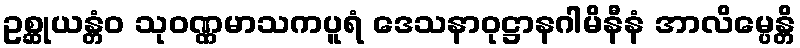
ဥစ္ဆုယန္တံဝ သုဝဏ္ဏမာသကပူရံ ဒေသနာဝုဋ္ဌာနဂါမိနီနံ အာလိမ္ပေန္တိ